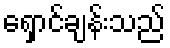
ရှောင်ချန်းသည်